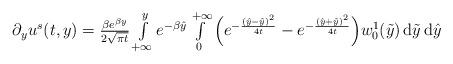
LaTeX: \begin{align*}\begin{array}{ll}\partial_y u^s(t,y) = \frac{\beta e^{\beta y}}{2\sqrt{\pi t}} \int\limits_{+\infty}^{y} e^{-\beta \hat{y}} \int\limits_0^{+\infty}\Big( e^{-\frac{(\hat{y}-\tilde{y})^2}{4t}} - e^{-\frac{(\hat{y}+\tilde{y})^2}{4t}} \Big)w_0^1(\tilde{y}) \,\mathrm{d}\tilde{y} \,\mathrm{d}\hat{y}\end{array}\end{align*}